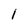
Character: l